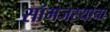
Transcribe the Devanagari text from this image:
सांमजस्याचा